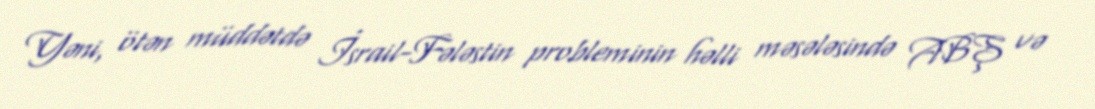
Yəni, ötən müddətdə İsrail-Fələstin probleminin həlli məsələsində ABŞ və